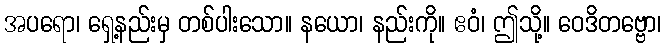
အပရော၊ ရှေ့နည်းမှ တစ်ပါးသော။ နယော၊ နည်းကို။ ဧဝံ၊ ဤသို့။ ဝေဒိတဗ္ဗော၊